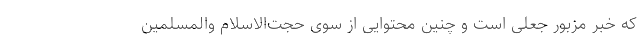
که خبر مزبور جعلی است و چنین محتوایی از سوی حجت‌الاسلام والمسلمین